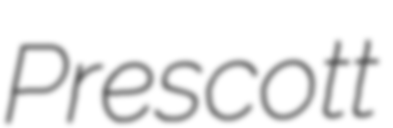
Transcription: Prescott